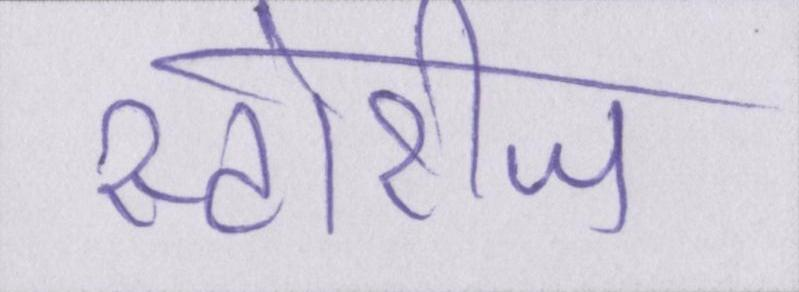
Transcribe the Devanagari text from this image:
स्टोरीज